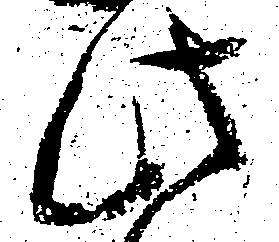
此